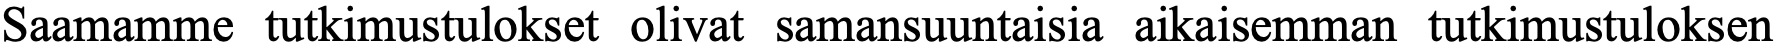
Saamamme tutkimustulokset olivat samansuuntaisia aikaisemman tutkimustuloksen